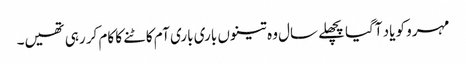
مہرو کو یاد آگیا پچھلے سال وہ تینوں باری باری آم کاٹنے کا کام کر رہی تھیں۔